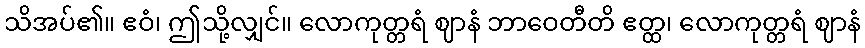
သိအပ်၏။ ဧဝံ၊ ဤသို့လျှင်။ လောကုတ္တရံ ဈာနံ ဘာဝေတီတိ ဧတ္ထ၊ လောကုတ္တရံ ဈာနံ